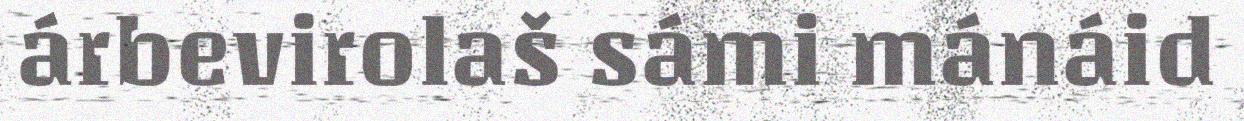
árbevirolaš sámi mánáid